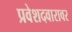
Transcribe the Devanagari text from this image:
प्रवेशदवारावर